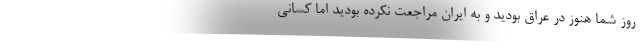
روز شما هنوز در عراق بودید و به ایران مراجعت نکرده بودید اما کسانی